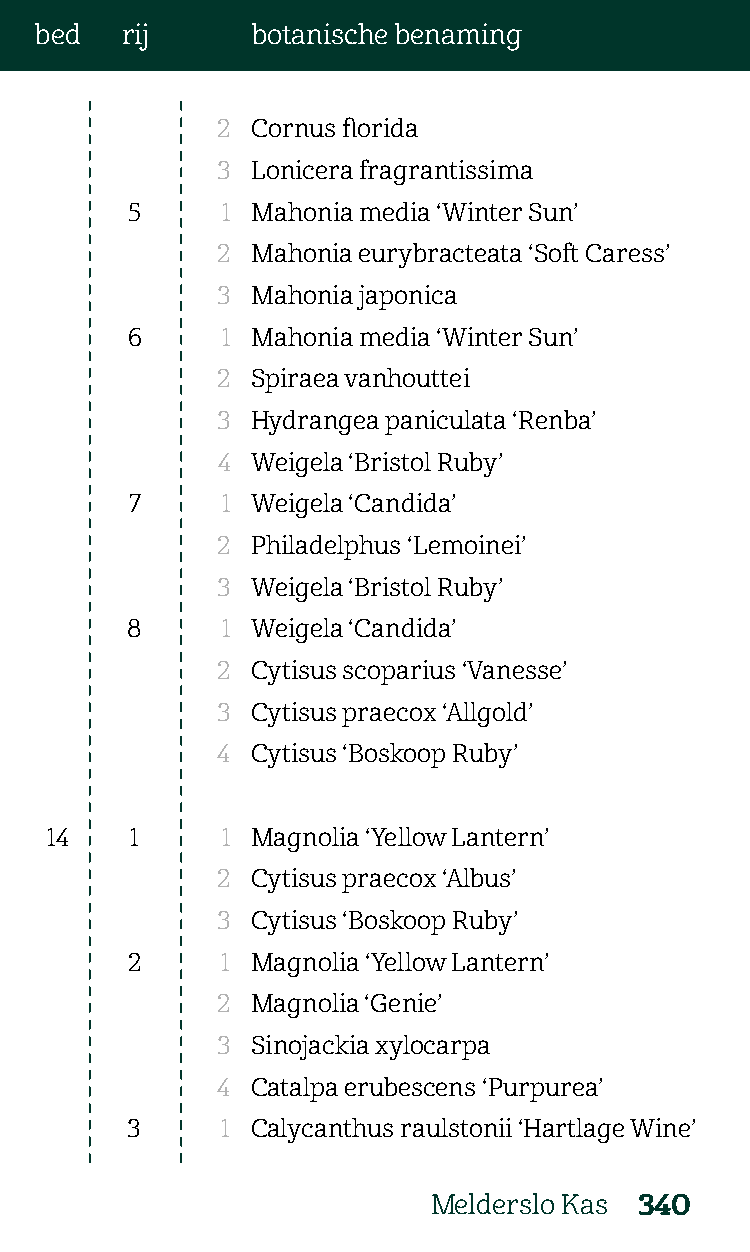
bed   rij      botanische benaming
 2  Cornus florida
 3  Lonicera fragrantissima
 5      1 Mahonia media ‘Winter Sun’
 2  Mahonia eurybracteata ‘Soft Caress’
 3  Mahonia japonica
 6      1 Mahonia media ‘Winter Sun’
 2  Spiraea vanhouttei
 3  Hydrangea paniculata ‘Renba’
 4  Weigela ‘Bristol Ruby’
 7     1 Weigela ‘Candida’
 2  Philadelphus ‘Lemoinei’
 3  Weigela ‘Bristol Ruby’
 8      1 Weigela ‘Candida’
 2  Cytisus scoparius ‘Vanesse’
 3  Cytisus praecox ‘Allgold’
 4  Cytisus ‘Boskoop Ruby’
 14    1     1 Magnolia ‘Yellow Lantern’
 2  Cytisus praecox ‘Albus’
 3  Cytisus ‘Boskoop Ruby’
 2      1 Magnolia ‘Yellow Lantern’
 2  Magnolia ‘Genie’
 3  Sinojackia xylocarpa
 4  Catalpa erubescens ‘Purpurea’
 3      1 Calycanthus raulstonii ‘Hartlage Wine’
 Melderslo Kas 340